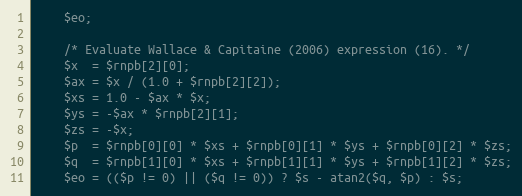
Language: PHP
    $eo;

    /* Evaluate Wallace & Capitaine (2006) expression (16). */
    $x  = $rnpb[2][0];
    $ax = $x / (1.0 + $rnpb[2][2]);
    $xs = 1.0 - $ax * $x;
    $ys = -$ax * $rnpb[2][1];
    $zs = -$x;
    $p  = $rnpb[0][0] * $xs + $rnpb[0][1] * $ys + $rnpb[0][2] * $zs;
    $q  = $rnpb[1][0] * $xs + $rnpb[1][1] * $ys + $rnpb[1][2] * $zs;
    $eo = (($p != 0) || ($q != 0)) ? $s - atan2($q, $p) : $s;